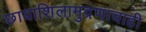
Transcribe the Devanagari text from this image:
छायाशिलामुद्रणाचाही